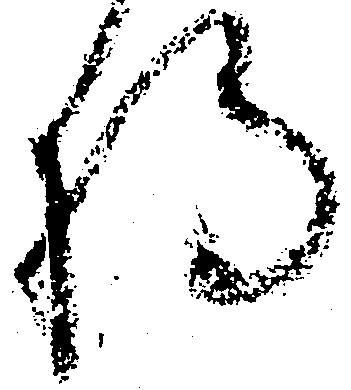
将